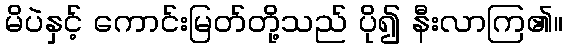
မိပဲနှင့် ကောင်းမြတ်တို့သည် ပို၍ နီးလာကြ၏။